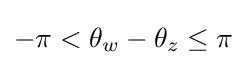
-\pi <\theta _{w}-\theta _{z}\leq \pi